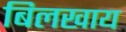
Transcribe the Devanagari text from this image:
बिलखाय